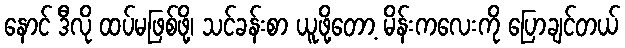
နောင် ဒီလို ထပ်မဖြစ်ဖို့၊ သင်ခန်းစာ ယူဖို့တော့ မိန်းကလေးကို ပြောချင်တယ်